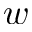
w